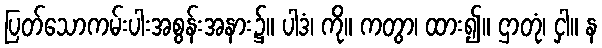
ပြတ်သောကမ်းပါးအစွန်းအနား၌။ ပါဒံ၊ ကို။ ကတွာ၊ ထား၍။ ဌာတုံ၊ ငှါ။ န